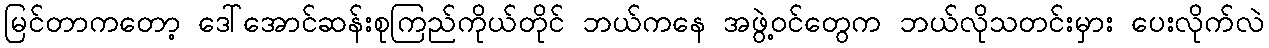
မြင်တာကတော့ ဒေါ်အောင်ဆန်းစုကြည်ကိုယ်တိုင် ဘယ်ကနေ အဖွဲ့ဝင်တွေက ဘယ်လိုသတင်းမှား ပေးလိုက်လဲ